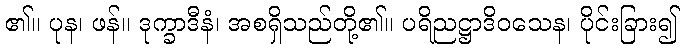
၏။ ပုန၊ ဖန်။ ဒုက္ခာဒီနံ၊ အစရှိသည်တို့၏။ ပရိညဋ္ဌာဒိဝသေန၊ ပိုင်းခြား၍